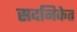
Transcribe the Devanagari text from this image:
सदनिकेत